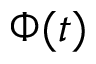
\Phi ( t )